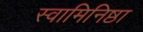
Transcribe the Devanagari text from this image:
स्वामिनिष्ठा